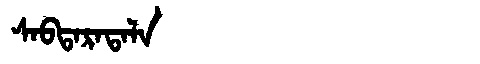
Manchu: ᠰᠠᠪᡨᠠᡵᠠᡨᠠᠯᠠ
Romanization: SABTARATALA